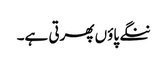
ننگے پاؤں پھرتی ہے۔